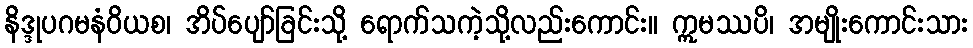
နိဒ္ဒုပဂမနံဝိယစ၊ အိပ်ပျော်ခြင်းသို့ ရောက်သကဲ့သို့လည်းကောင်း။ ဣမဿပိ၊ အမျိုးကောင်းသား